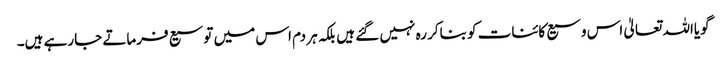
گویااللہ تعالیٰ اس وسیع کائنات کو بناکر رہ نہیں گئے ہیں بلکہ ہر دم اس میں توسیع فرماتے جارہے ہیں۔